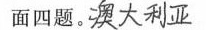
面四题。##澳大利亚##